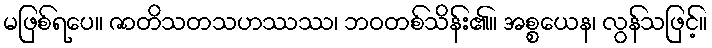
မဖြစ်ရပေ။ ဇာတိသတသဟဿဿ၊ ဘဝတစ်သိန်း၏။ အစ္စယေန၊ လွန်သဖြင့်။